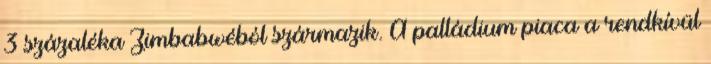
3 százaléka Zimbabwéból származik. A palládium piaca a rendkívül